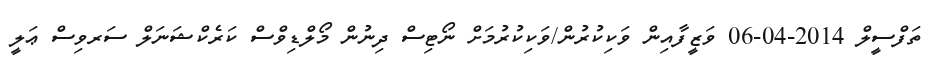
ތަފްސީލް 2014-04-06 ވަޒީފާއިން ވަކިކުރުން/ވަކިކުރުމަށް ނޯޓިސް ދިނުން މޯލްޑިވްސް ކަރެކްޝަނަލް ސަރވިސް ޢަލީ